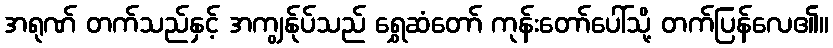
အရုဏ် တက်သည်နှင့် အကျွန်ုပ်သည် ရွှေဆံတော် ကုန်းတော်ပေါ်သို့ တက်ပြန်လေ၏။